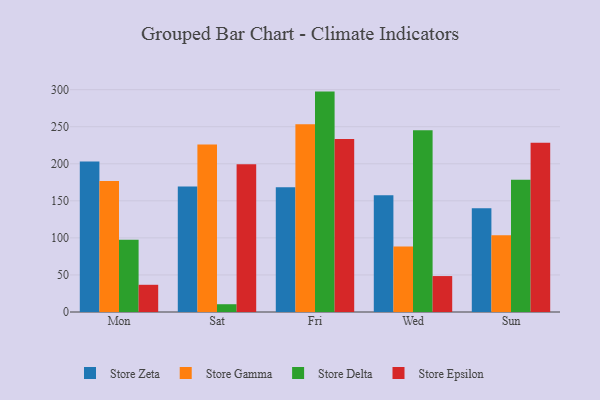
{"axis": {"x": "Day", "y": "Shipments"}, "legend": ["Store Delta", "Store Epsilon", "Store Gamma", "Store Zeta"], "data": [{"x": "Mon", "y": 203.1, "type": "Store Zeta"}, {"x": "Mon", "y": 176.6, "type": "Store Gamma"}, {"x": "Mon", "y": 97.4, "type": "Store Delta"}, {"x": "Mon", "y": 36.7, "type": "Store Epsilon"}, {"x": "Sat", "y": 169.4, "type": "Store Zeta"}, {"x": "Sat", "y": 226.1, "type": "Store Gamma"}, {"x": "Sat", "y": 10.5, "type": "Store Delta"}, {"x": "Sat", "y": 199.2, "type": "Store Epsilon"}, {"x": "Fri", "y": 168.2, "type": "Store Zeta"}, {"x": "Fri", "y": 253.2, "type": "Store Gamma"}, {"x": "Fri", "y": 297.4, "type": "Store Delta"}, {"x": "Fri", "y": 233.6, "type": "Store Epsilon"}, {"x": "Wed", "y": 157.5, "type": "Store Zeta"}, {"x": "Wed", "y": 88.5, "type": "Store Gamma"}, {"x": "Wed", "y": 245.1, "type": "Store Delta"}, {"x": "Wed", "y": 48.5, "type": "Store Epsilon"}, {"x": "Sun", "y": 140.0, "type": "Store Zeta"}, {"x": "Sun", "y": 103.4, "type": "Store Gamma"}, {"x": "Sun", "y": 178.3, "type": "Store Delta"}, {"x": "Sun", "y": 228.5, "type": "Store Epsilon"}]}